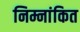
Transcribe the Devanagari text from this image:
निम्नांकित